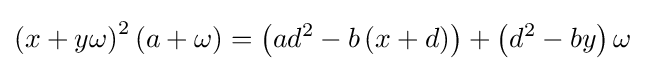
\left(x+y\omega \right)^{2}\left(a+\omega \right)=\left(ad^{2}-b\left(x+d\right)\right)+\left(d^{2}-by\right)\omega